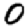
Digit: 0